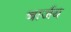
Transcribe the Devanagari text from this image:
चार्जय